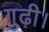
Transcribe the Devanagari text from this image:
गुढ़ी।